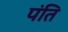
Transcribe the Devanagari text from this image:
पंति